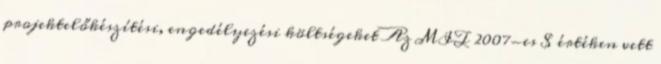
projektelőkészítési, engedélyezési költségeket Az MIT 2007-es $ értéken vett